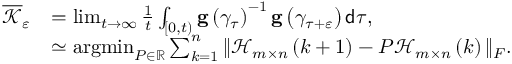
\begin{array} { r l } { \overline { { \mathcal { K } } } _ { \varepsilon } } & { = \operatorname* { l i m } _ { t \rightarrow \infty } \frac { 1 } { t } \int _ { \left[ 0 , t \right) } \mathbf { g } \left( \gamma _ { \tau } \right) ^ { - 1 } \mathbf { g } \left( \gamma _ { \tau + \varepsilon } \right) \mathsf { d } \tau , } \\ & { \simeq \operatorname * { a r g m i n } _ { P \in \mathbb { R } } \sum _ { k = 1 } ^ { n } \Vert \mathcal { H } _ { m \times n } \left( k + 1 \right) - P \mathcal { H } _ { m \times n } \left( k \right) \Vert _ { F } . } \end{array}